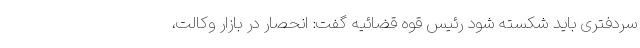
سردفتری باید شکسته شود رئیس قوه قضائیه گفت: انحصار در بازار وکالت،